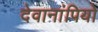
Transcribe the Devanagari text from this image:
देवानांपियो